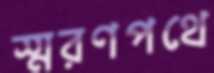
স্মরণপথে